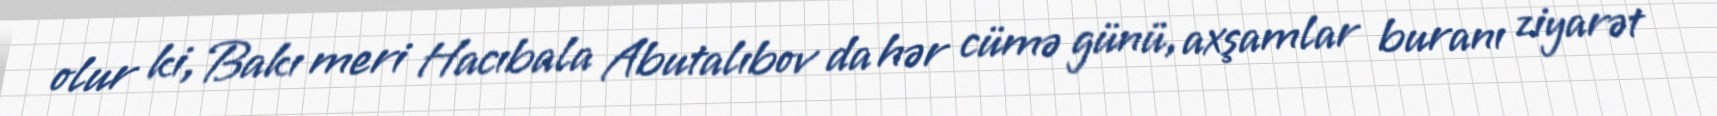
olur ki, Bakı meri Hacıbala Abutalıbov da hər cümə günü, axşamlar buranı ziyarət